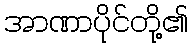
အာဏာပိုင်တို့၏